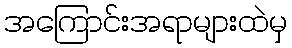
အကြောင်းအရာများထဲမှ